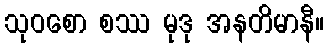
သုဝစော စဿ မုဒု အနတိမာနီ။